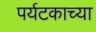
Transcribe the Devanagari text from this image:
पर्यटकाच्या